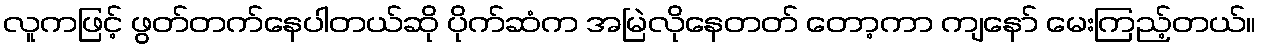
လူကဖြင့် ဖွတ်တက်နေပါတယ်ဆို ပိုက်ဆံက အမြဲလိုနေတတ် တော့ကာ ကျနော် မေးကြည့်တယ်။